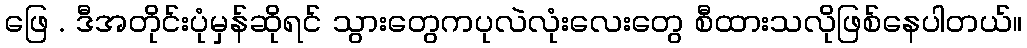
ဖြေ . ဒီအတိုင်းပုံမှန်ဆိုရင် သွားတွေကပုလဲလုံးလေးတွေ စီထားသလိုဖြစ်နေပါတယ်။